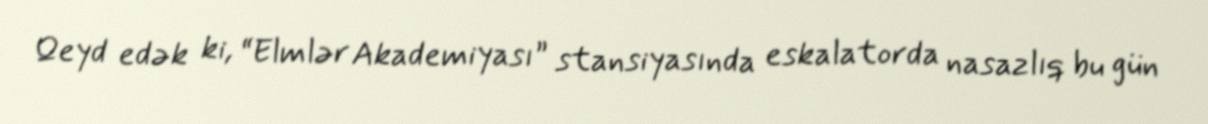
Qeyd edək ki, “Elmlər Akademiyası” stansiyasında eskalatorda nasazlıq bu gün